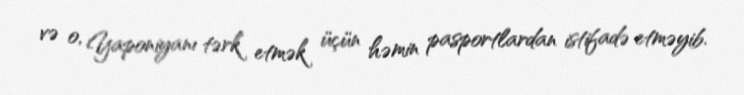
və o, Yaponiyanı tərk etmək üçün həmin pasportlardan istifadə etməyib.